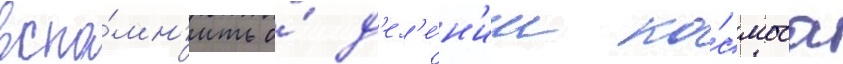
вспо́мн'ить о́ д'ел'е́н'ии ко́смоса